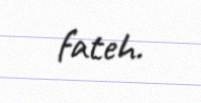
fateh.